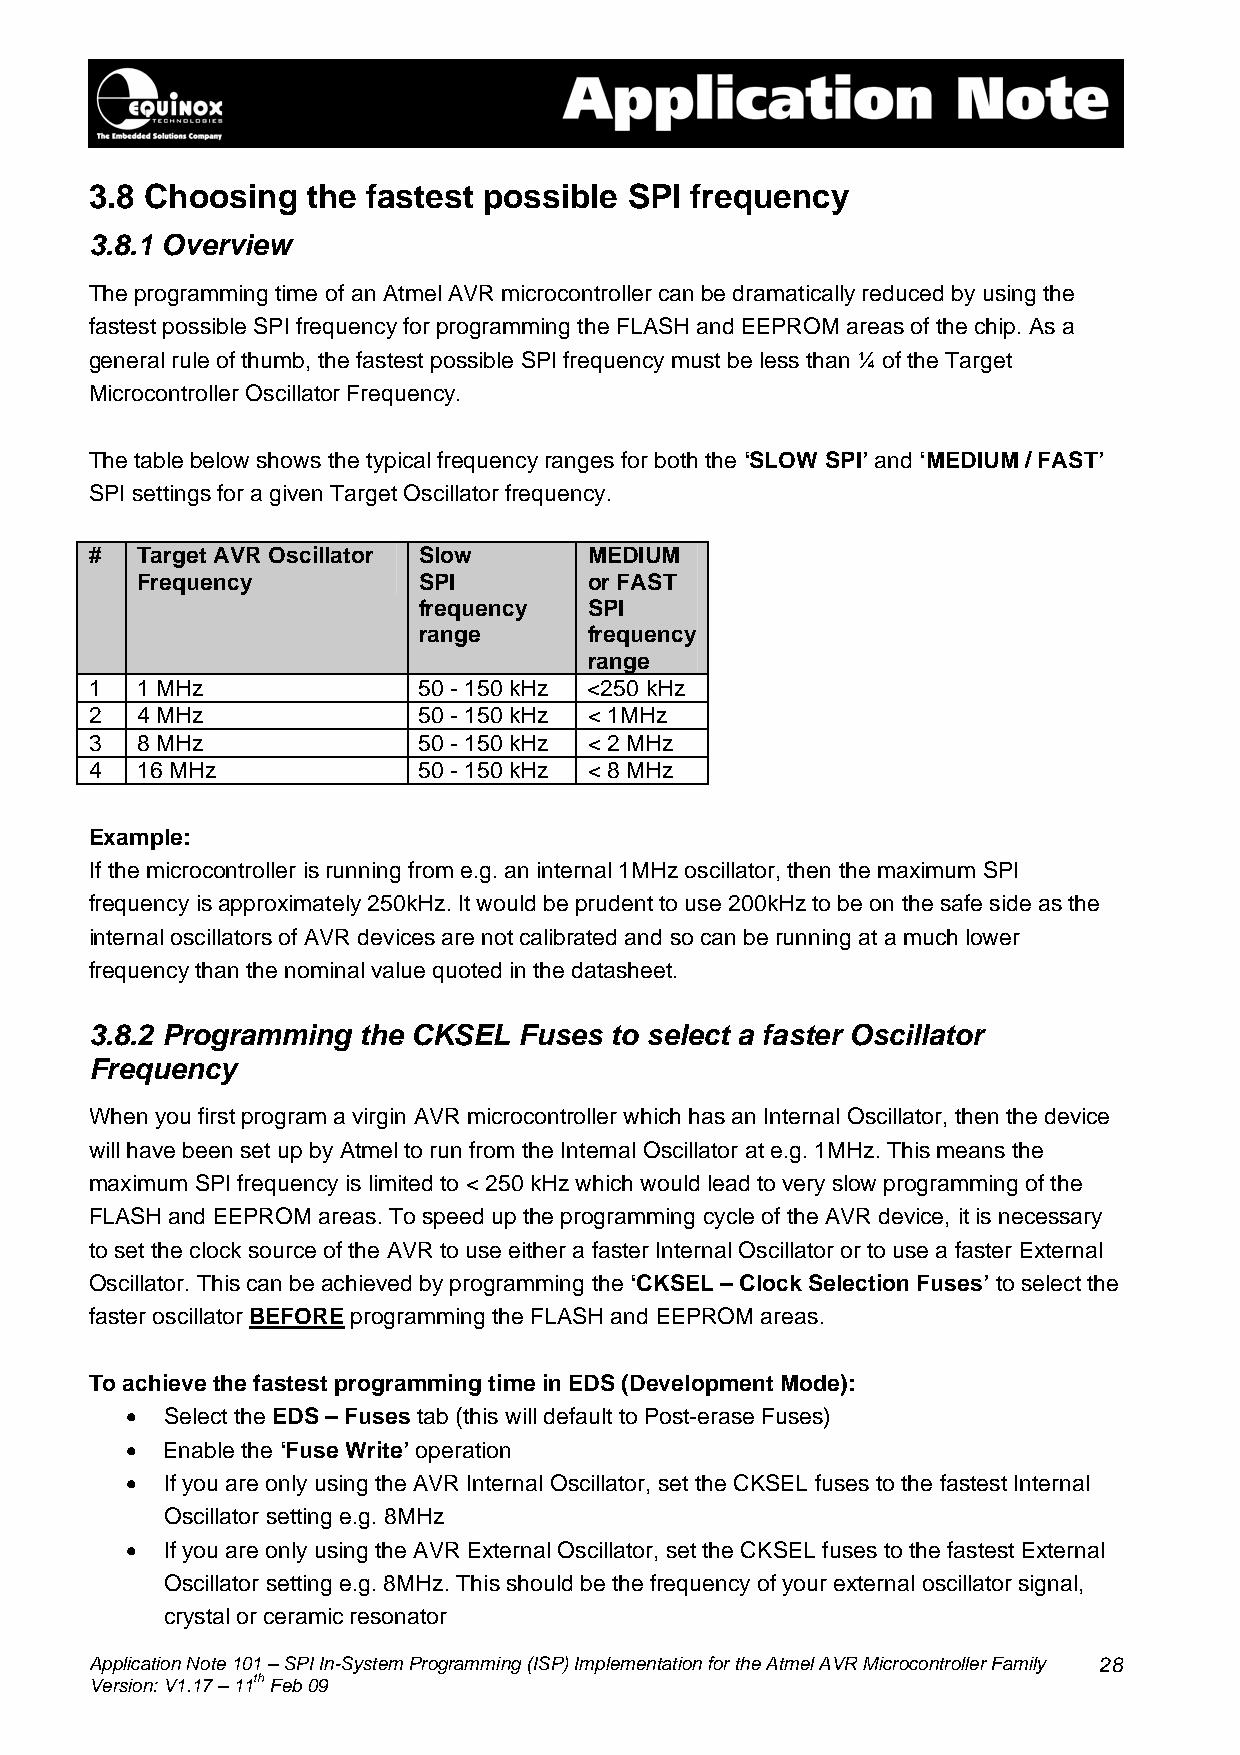
3.8 Choosing  the fastest possible  SPI frequency
 3.8.1 Overview
 The programming time of an Atmel AVR microcontroller can be dramatically reduced by using the
 fastest possible SPI frequency for programming the FLASH and EEPROM areas of the chip. As a
 general rule of thumb, the fastest possible SPI frequency must be less than ¼ of the Target
 Microcontroller Oscillator Frequency.
 The table below shows the typical frequency ranges for both the ‘SLOW SPI’ and ‘MEDIUM / FAST’
 SPI settings for a given Target Oscillator frequency.
 #  Target AVR Oscillator Slow    MEDIUM
 Frequency          SPI        or FAST
 frequency  SPI
 range      frequency
 range
 1  1 MHz              50 - 150 kHz <250 kHz
 2  4 MHz              50 - 150 kHz < 1MHz
 3  8 MHz              50 - 150 kHz < 2 MHz
 4  16 MHz             50 - 150 kHz < 8 MHz
 Example:
 If the microcontroller is running from e.g. an internal 1MHz oscillator, then the maximum SPI
 frequency is approximately 250kHz. It would be prudent to use 200kHz to be on the safe side as the
 internal oscillators of AVR devices are not calibrated and so can be running at a much lower
 frequency than the nominal value quoted in the datasheet.
 3.8.2 Programming the CKSEL Fuses to select a faster Oscillator
 Frequency
 When you first program a virgin AVR microcontroller which has an Internal Oscillator, then the device
 will have been set up by Atmel to run from the Internal Oscillator at e.g. 1MHz. This means the
 maximum SPI frequency is limited to < 250 kHz which would lead to very slow programming of the
 FLASH and EEPROM areas. To speed up the programming cycle of the AVR device, it is necessary
 to set the clock source of the AVR to use either a faster Internal Oscillator or to use a faster External
 Oscillator. This can be achieved by programming the ‘CKSEL – Clock Selection Fuses’ to select the
 faster oscillator BEFORE programming the FLASH and EEPROM areas.
 To achieve the fastest programming time in EDS (Development Mode):
 •  Select the EDS – Fuses tab (this will default to Post-erase Fuses)
 •  Enable the ‘Fuse Write’ operation
 •  If you are only using the AVR Internal Oscillator, set the CKSEL fuses to the fastest Internal
 Oscillator setting e.g. 8MHz
 •  If you are only using the AVR External Oscillator, set the CKSEL fuses to the fastest External
 Oscillator setting e.g. 8MHz. This should be the frequency of your external oscillator signal,
 crystal or ceramic resonator
 Application Note 101 – SPI In-System Programming (ISP) Implementation for the Atmel AVR Microcontroller Family 28
 Version: V1.17 – 11th Feb 09